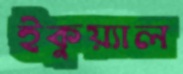
ইকুয়্যাল